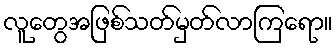
လူတွေအဖြစ်သတ်မှတ်လာကြရော။